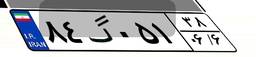
۸۴گ۰۵۱۳۸